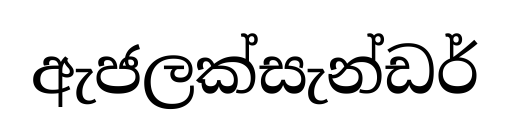
ඇජලක්සැන්ඩර්